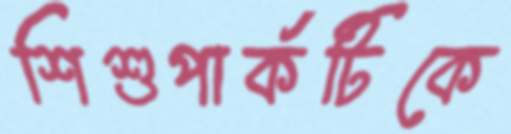
শিশুপার্কটিকে